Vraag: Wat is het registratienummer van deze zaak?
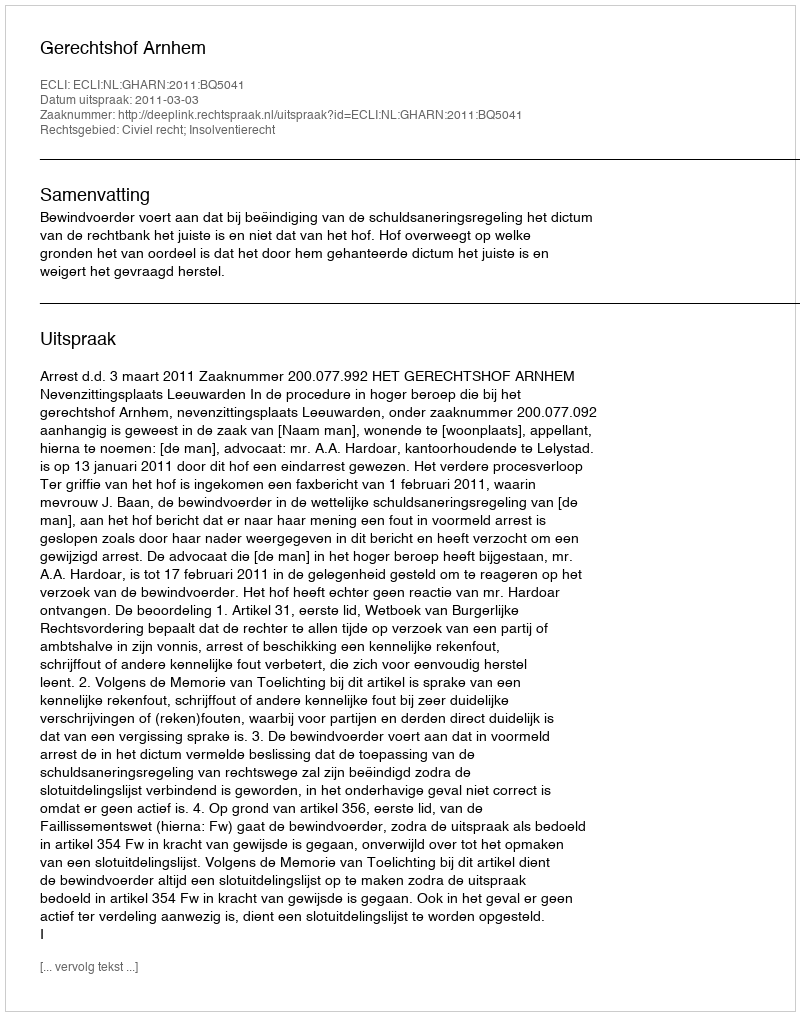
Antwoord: http://deeplink.rechtspraak.nl/uitspraak?id=ECLI:NL:GHARN:2011:BQ5041